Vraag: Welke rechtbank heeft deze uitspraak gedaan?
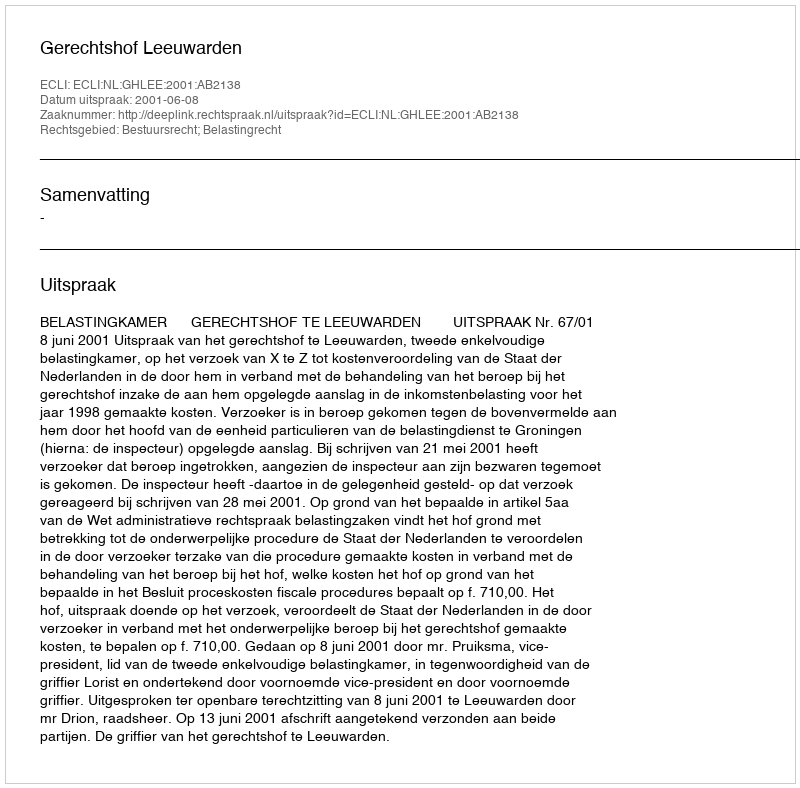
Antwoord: Gerechtshof Leeuwarden